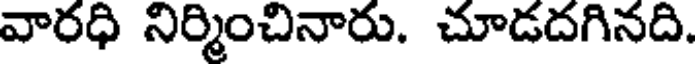
వారధి నిర్మించినారు. చూడదగినది.